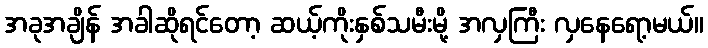
အခုအချိန် အခါဆိုရင်တော့ ဆယ့်ကိုးနှစ်သမီးမို့ အလှကြီး လှနေရော့မယ်။